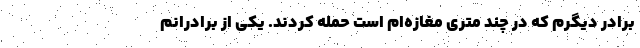
برادر دیگرم که در چند متری مغازه‌ام است حمله کردند. یکی از برادرانم